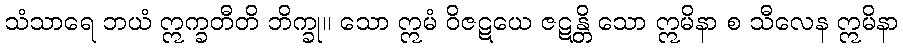
သံသာရေ ဘယံ ဣက္ခတီတိ ဘိက္ခု။ သော ဣမံ ဝိဇဋယေ ဇဋန္တိ သော ဣမိနာ စ သီလေန ဣမိနာ